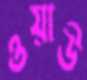
ওয়াউ